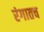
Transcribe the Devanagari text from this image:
रंगातच